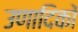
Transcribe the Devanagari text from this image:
उणादिकों